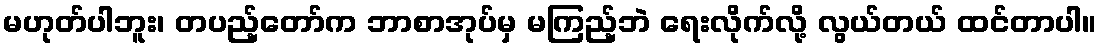
မဟုတ်ပါဘူး၊ တပည့်တော်က ဘာစာအုပ်မှ မကြည့်ဘဲ ရေးလိုက်လို့ လွယ်တယ် ထင်တာပါ။